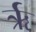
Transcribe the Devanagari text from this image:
र्ऋ